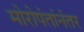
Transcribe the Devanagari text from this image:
मोरोपंतांनंतर